Report on vaccination in Madras 1877-1894 - 1877-1894
Year: 1877
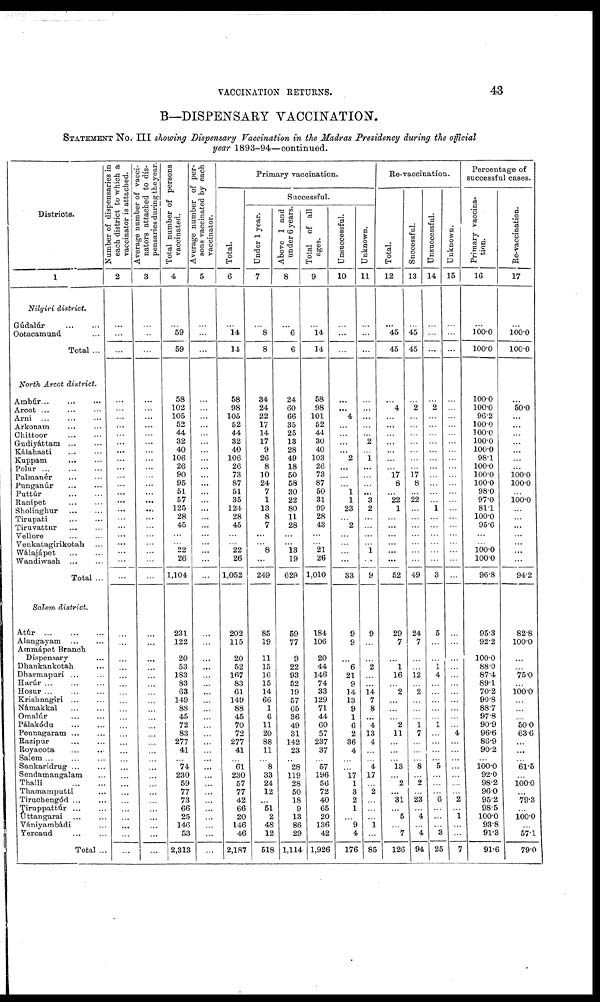
VACCINATION RETURNS.
43
B—DISPENSARY VACCINATION.
STATEMENT No. III showing Dispensary Vaccination in the Madras Presidency during the official
year 1893-94—continued.
Districts.
1
Nilgiri district.
Gúdalúr
...
...
Ootacamund ...
Total ...
North Arcot district.
Ambúr
...
...
...
Arcot ... ... ...
Ami ... ... ...
Arkonam ... ...
Chittoor
...
...
Gudiyáttam ... ...
Kálahasti
...
...
Kuppam
... ...
Polar ... ... ...
Palmanér ... ...
Punganúr ... ...
Puttúr
...
...
Ranipet ... ...
Sholinghur ... ...
Tirapati
...
...
Tiruvattur
...
...
Vellore ... ...
Venkatagirikotah ...
Wálajápet
...
...
Wandiwash
...
...
Total ...
Salem district.
Atúr ... ... ...
Alangayam ... ...
Ammápet Branch
Dispensary ...
Dhankankotah ...
Dharmapuri ... ...
Harúr ...
...
...
Hosur ... ... ...
Krishnagiri ... ...
Námakkal
...
...
Omalúr ... ...
Pálakódu
...
...
Pennagaram ...
Razipur ... ...
Royacota ... ...
Salem ... ... ...
Sankaridrug ... ...
Sendamangalam ...
Thalli
...
...
Thamamputti ...
Tiruchengód ... ...
Tiruppattúr ... ...
Uttangarai ... ...
Vániyambádi ...
Yercaud
...
...
Total ...
Number of dispensaries in
each district to which a
vaccinator is attached.
2
...
...
...
...
...
...
...
...
...
...
...
...
...
...
...
...
...
...
...
...
...
...
...
...
...
...
...
...
...
...
...
...
...
...
...
...
...
...
...
...
...
...
...
...
...
...
...
...
...
Average number of vacci¬
nators attached to dis-
pensaries during the year.
3
...
...
...
...
...
...
...
...
...
...
...
...
...
...
...
...
...
...
...
...
...
...
...
...
...
...
...
...
...
...
...
...
...
...
...
...
...
...
...
...
...
...
...
...
...
...
...
...
...
Total number of persons
vaccinated.
4
...
59
59
58
102
105
52
44
32
40
106
26
90
95
51
57
125
28
45
...
...
22
26
1,104
231
122
20
53
183
83
63
149
88
45
72
83
277
41
...
74
230
59
77
73
66
25
146
53
2,313
Average number of per-
sons vaccinated by each
vaccinator.
5
...
...
...
...
...
...
...
...
...
...
...
...
...
...
...
...
...
...
...
...
...
...
...
...
...
...
...
...
...
...
...
...
...
...
...
...
...
...
...
...
...
...
...
...
...
...
...
...
...
Primary vaccination.
Total.
6
...
14
14
58
98
105
52
44
32
40
106
26
73
87
51
35
124
28
45
...
...
22
26
1,052
202
115
20
52
167
83
61
149
88
45
70
72
277
41
...
61
230
57
77
42
66
20
146
46
2,187
Successful.
Under 1 year.
7
...
8
8
34
24
22
17
14
17
9
26
8
10
24
7
1
13
8
7
...
...
8
...
249
85
19
11
15
16
15
14
66
1
6
11
20
88
11
...
8
33
24
12
...
51
2
48
12
518
Above 1 and
under 6 years
8
...
6
6
24
60
66
35
25
13
28
49
18
50
58
30
22
80
11
28
...
...
13
19
629
59
77
9
22
93
52
19
57
65
36
49
31
142
23
...
28
119
28
50
18
9
13
86
29
1,114
Total of all
ages.
9
...
14
14
58
98
101
52
44
30
40
103
26
73
87
50
31
99
28
43
...
...
21
26
1,010
184
106
20
44
146
74
33
129
71
44
60
57
237
37
...
57
196
56
72
40
65
20
136
42
1,926
Unsuccessful.
10
...
...
...
...
...
4
...
...
...
...
2
...
...
...
1
1
23
...
2
...
...
...
...
33
9
9
...
6
21
9
14
13
9
1
6
2
36
4
...
...
17
1
3
2
1
...
9
4
176
Unknown.
11
...
...
...
...
...
...
...
...
2
...
1
...
...
...
...
3
2
...
...
...
...
1
...
9
9
...
...
2
...
...
14
7
8
...
4
13
4
...
...
4
17
...
2
...
...
...
1
...
85
Re-vaccination.
Total.
12
...
45
45
...
4
...
...
...
...
...
...
...
17
8
...
22
1
...
...
...
...
...
...
52
29
7
...
1
16
...
2
...
...
...
2
11
...
...
...
13
...
2
...
31
...
5
...
7
126
Successful.
13
...
45
45
...
2
...
...
...
...
...
...
...
17
8
...
22
...
...
...
...
...
...
...
49
24
7
...
...
12
...
2
...
...
...
1
7
...
...
...
8
...
2
...
23
...
4
...
4
94
Unsuccessful.
14
...
...
...
...
2
...
...
...
...
...
...
...
...
...
...
...
1
...
...
...
...
...
...
3
5
...
...
1
4
...
...
...
...
...
1
...
...
...
...
5
...
...
...
6
...
...
...
3
25
Unknown.
15
...
...
...
...
...
...
...
...
...
...
...
...
...
...
...
...
...
...
...
...
...
...
...
...
...
...
...
...
...
...
...
...
...
...
...
4
...
...
...
...
...
...
...
2
...
1
...
...
7
Percentage of
successful cases.
Primary vaccina-
tion.
16
...
100.0
100.0
100.0
100.0
96.2
100.0
100.0
100.0
100.0
98.1
100.0
100.0
100.0
98.0
97.0
81.1
100.0
95.6
...
...
100.0
100.0
96.8
95.3
92.2
100.0
88.0
87.4
89.1
70.2
90.8
88.7
97.8
90.9
96.6
86.9
90.2
...
100.0
92.0
98.2
96.0
95.2
98.5
100.0
93.8
91.3
91.6
Re-vaccination.
17
...
100.0
100.0
...
50.0
...
...
...
...
...
...
...
100.0
100.0
...
100.0
...
...
...
...
...
...
...
94.2
82.8
100.0
...
...
75.0
...
100.0
...
...
...
50.0
63.6
...
...
...
61.5
...
100.0
...
79.3
...
100.0
...
57.1
79.0